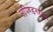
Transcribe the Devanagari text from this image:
सपिण्डनशब्द